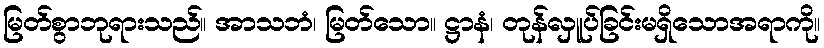
မြတ်စွာဘုရားသည်။ အာသဘံ၊ မြတ်သော။ ဋ္ဌာနံ၊ တုန်လှူပ်ခြင်းမရှိသောအရာကို။